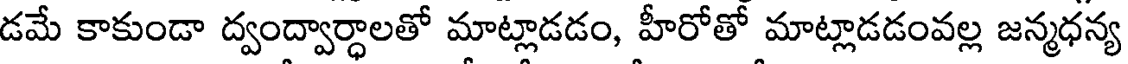
డమే కాకుండా ద్వంద్వార్ధాలతో మాట్లాడడం, హీరోతో మాట్లాడడంవల్ల జన్మధన్య